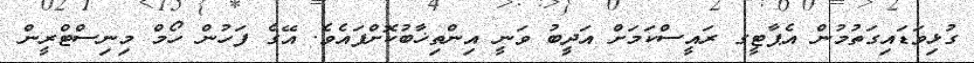
ގުޅިވަޑައިގަތުމުން އެޕާޓީގ ރައީސްކަމަށް އަދީބު ވަނީ އިންތިޚާބުކޮށްފައެވެ. އޭގެ ފަހުން ހޯމް މިނިސްޓްރީން